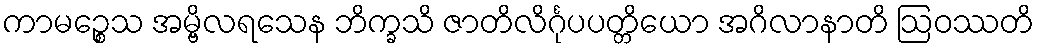
ကာမဉ္စေသ အမ္ဗိလရသေန ဘိက္ခသိ ဇာတိလိင်္ဂုပပတ္တိယော အဂိလာနာတိ ဩဝဿတိ